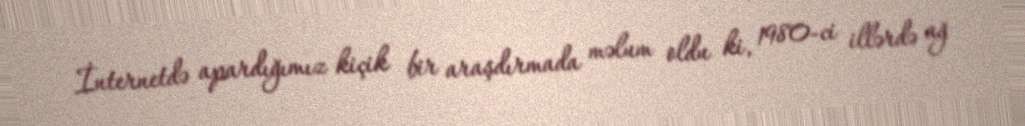
İnternetdə apardığımız kiçik bir araşdırmada məlum oldu ki, 1980-ci illərdə ağ